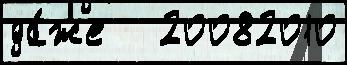
да́же   20082010